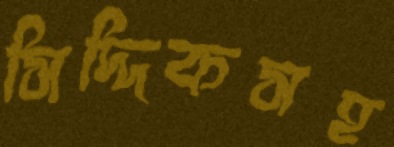
সিদ্দিকসহ